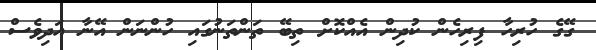
ގޭގެ ހުރިހާ ފިރިހެން ކުދިން އެއްކޮށް ތިބޭ ތަންތަނުގައި ހުންނަން އޭނާ އަދިވެސް